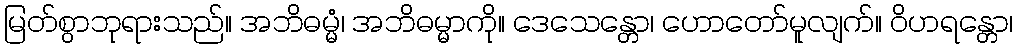
မြတ်စွာဘုရားသည်။ အဘိဓမ္မံ၊ အဘိဓမ္မာကို။ ဒေသေန္တော၊ ဟောတော်မူလျက်။ ဝိဟရန္တော၊